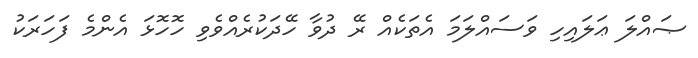
ޞައްލަ ޢަލައިހި ވަސައްލަމަ އެތަކެއް ރޭ ދުވާ ހޭދަކުރެއްވެވި ހޮހޮޅަ އެންމެ ފަހަރަކު